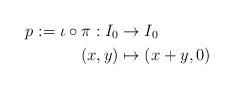
LaTeX: \begin{align*} p:=\iota\circ\pi:I_0&\to I_0\\ (x,y)&\mapsto (x+y,0)\end{align*}